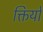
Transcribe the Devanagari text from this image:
क्तियों